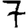
Digit: 7